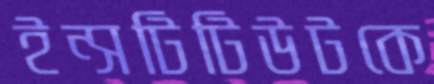
ইন্সটিটিউটকে